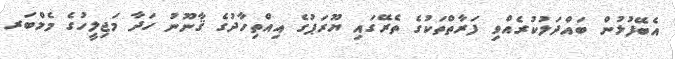
އެބޭފުޅުން ބައްދަލުކުރެއްވި ފަރާތްތަކުގެ ތެރޭގައި ޔޫރަޕުގެ އިއްތިހާދުގެ ޤާނޫނު ހަދާ މަޖިލީހުގެ މެމްބަރ